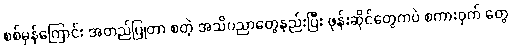
စစ်မှန်ကြောင်း အတည်ပြုတာ စတဲ့ အသိပညာတွေနည်းပြီး ဖုန်းဆိုင်တွေကပဲ စကားဝှက် တွေ